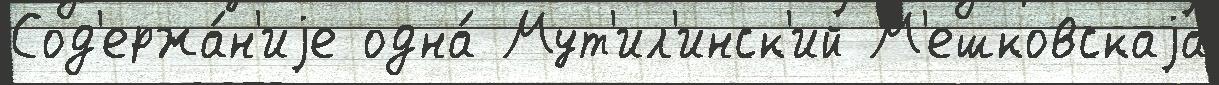
Сод'ержа́н'иjе одна́ Мут'ил'инск'ий М'ешковскаjа